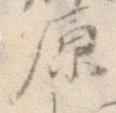
原